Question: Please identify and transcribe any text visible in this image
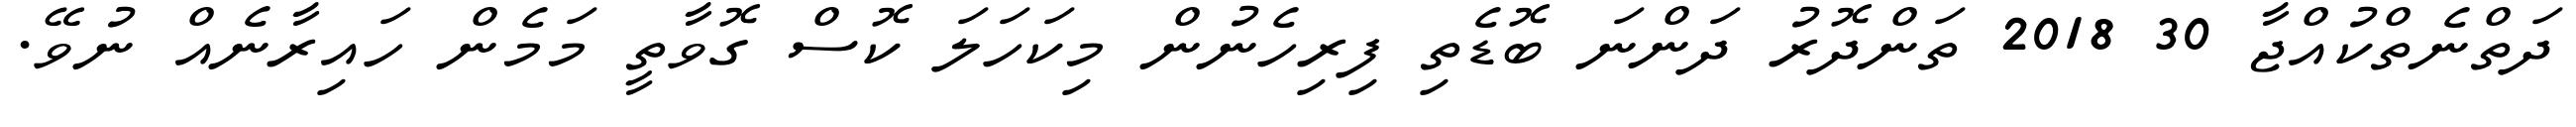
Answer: ދަތްނެތްކުއްޖާ 30 2018 ތަންދޮރު ދަންނަ ބޮޑެތި ފިރިހެނުން މިކަހަލަ ކޮސް ގޮވާތީ މަމެން ހައިރާނެއް ނުވޭ.